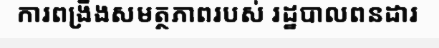
ការពង្រឹងសមត្ថភាពរបស់ រដ្ឋបាលពនដារ